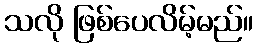
သလို ဖြစ်ပေလိမ့်မည်။